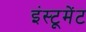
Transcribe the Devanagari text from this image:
इंस्टूमेंट